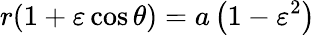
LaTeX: r(1+\varepsilon\cos\theta)=a\left(1-\varepsilon^{2}\right)